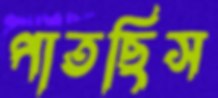
পাতছিস